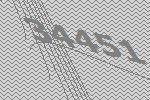
34451